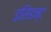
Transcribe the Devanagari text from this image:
इंसिडन्ट